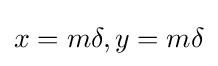
x=m\delta ,y=m\delta